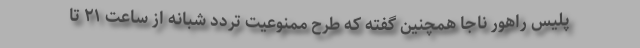
پلیس راهور ناجا همچنین گفته که طرح ممنوعیت تردد شبانه از ساعت ۲۱ تا